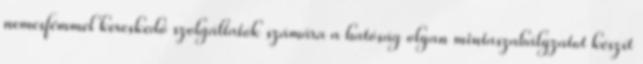
nemesfémmel kereskedő szolgáltatók számára a hatóság olyan mintaszabályzatot készít